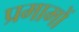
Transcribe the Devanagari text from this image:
प्रमामों